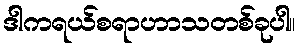
ဒါကရယ်စရာဟာသတစ်ခုပါ။